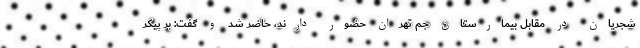
شجریان در مقابل بیمارستان جم تهران حضور دارند، حاضر شد و گفت: بر پیکر